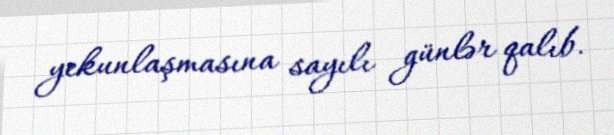
yekunlaşmasına sayılı günlər qalıb.